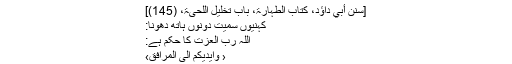
‘‘
[سنن أبي داؤد، کتاب الطہارۃ، باب تخلیل اللحیۃ، (145)]
کہنیوں سمیت دونوں ہاتھ دھونا:
اللہ رب العزت کا حکم ہے:
‹ وَاَيْدِيَكُمْ اِلَى الْمَرَافِقِ›
’’اور اپنے ہاتھوں کو کہنیوں سمیت دھو لو۔